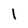
Character: 1